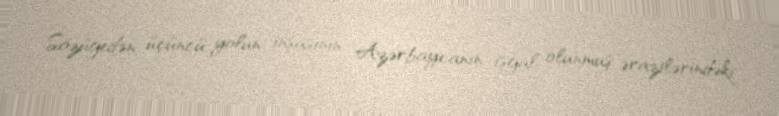
Sözügedən üçüncü yolun inşasının Azərbaycanın işğal olunmuş ərazilərindəki